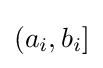
{\textstyle (a_{i},b_{i}]}